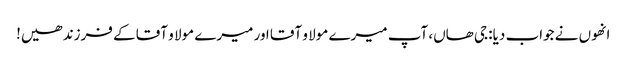
انھوں نے جواب دیا: جی ھاں، آپ میرے مولا و آقا اور میرے مولا و آقا کے فرزند ھیں!